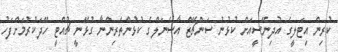
ކުރިން އިޓަލީގެ އުދިނޭސީއަށް ކުޅުނު ސަންޗޭޒް އާސެނަލްގެ ކުޅުންތެރިންނާ ގުޅޭނީ ޗުއްޓީ ހޭދަކުރުމަށްފަހު